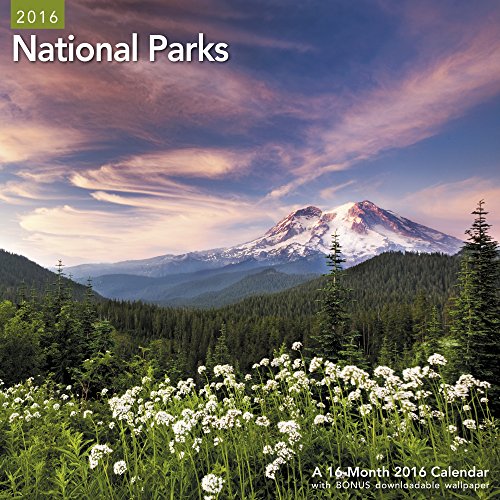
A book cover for National Parks Wall Calendar (2016); Mead; Calendars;